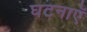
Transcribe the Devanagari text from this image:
घटनाएॅ